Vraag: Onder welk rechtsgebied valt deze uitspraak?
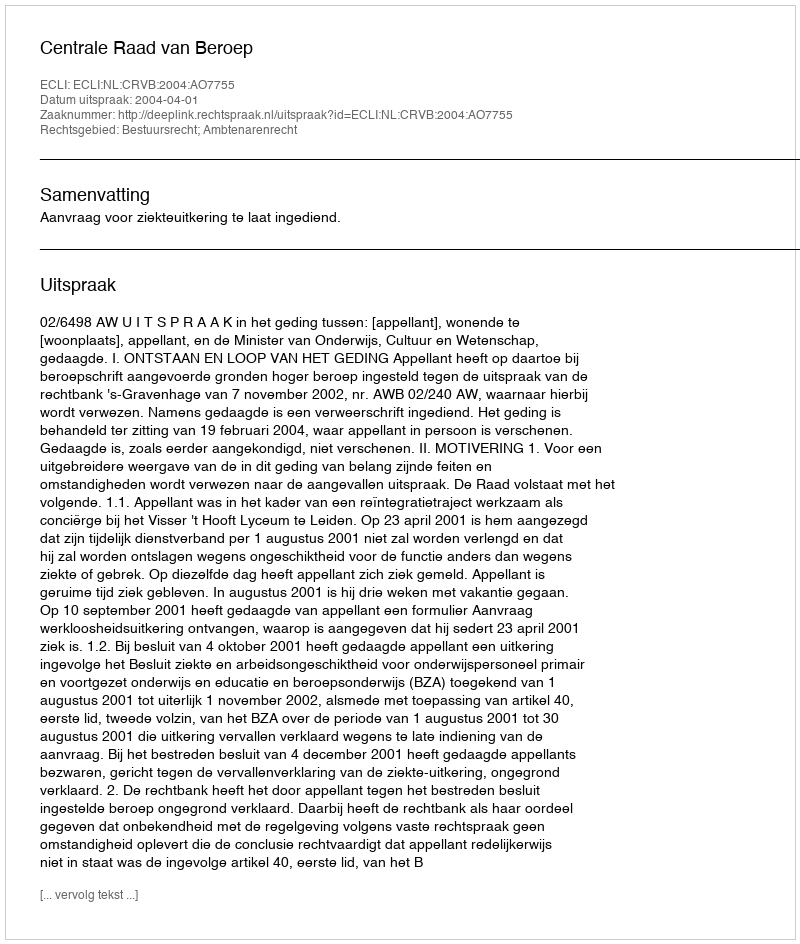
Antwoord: Bestuursrecht; Ambtenarenrecht